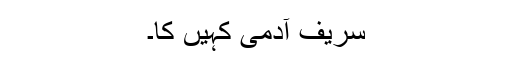
سریف آدمی کہیں کا۔